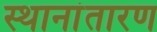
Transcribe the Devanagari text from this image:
स्थानांतारण